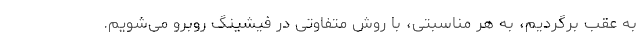
به عقب برگردیم، به هر مناسبتی، با روش متفاوتی در فیشینگ روبرو می‌شویم.